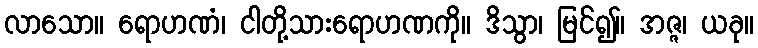
လာသော။ ရောဟဏံ၊ ငါတို့သားရောဟဏကို။ ဒိသွာ၊ မြင်၍။ အဇ္ဇ၊ ယခု။